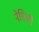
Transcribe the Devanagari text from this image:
नेसिली